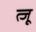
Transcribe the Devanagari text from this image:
त्जू